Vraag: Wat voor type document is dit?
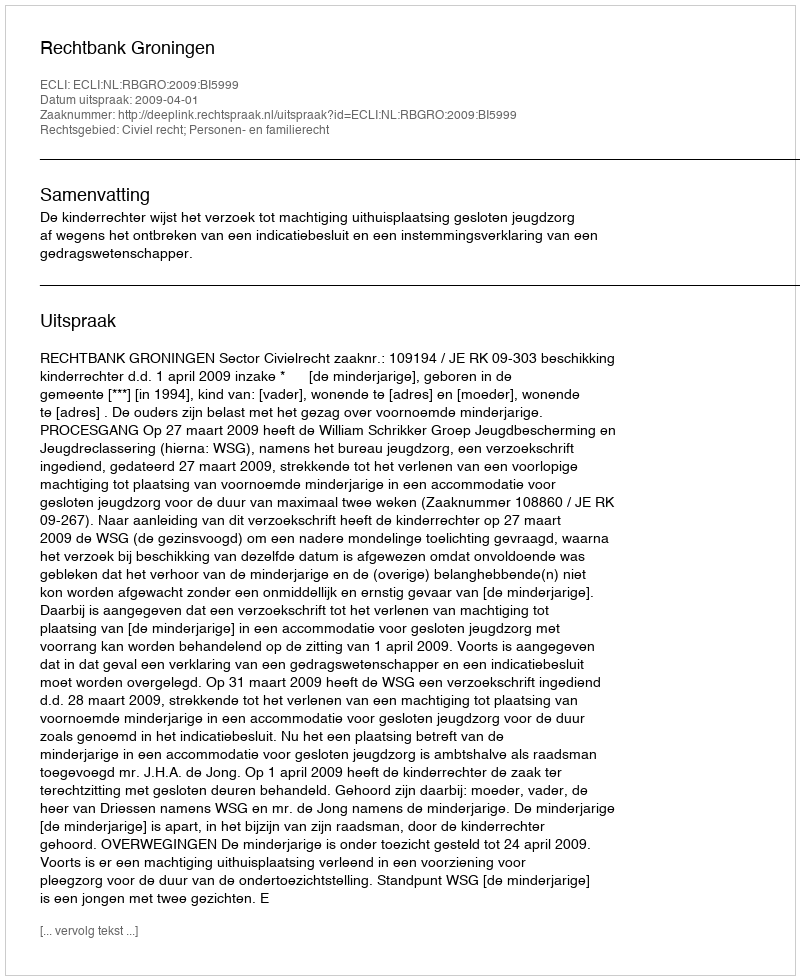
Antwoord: Uitspraak